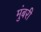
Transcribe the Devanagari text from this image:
मुंबरी